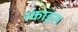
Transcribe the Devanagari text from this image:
स्काइस